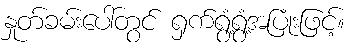
နှုတ်ခမ်းပေါ်တွင် ရှက်ရွံ့ရွံ့အပြုံးဖြင့်။